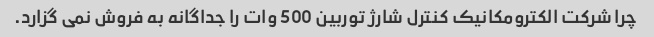
چرا شرکت الکترومکانیک کنترل شارژ توربین 500 وات را جداگانه به فروش نمی گزارد.